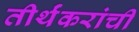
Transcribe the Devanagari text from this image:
तीर्थंकरांची